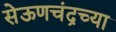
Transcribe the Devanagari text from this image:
सेऊणचंद्रच्या